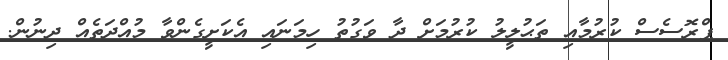
ޕްރޮސެސް ކުރުމާއި ތަޙުލީލު ކުރުމަށް ދާ ވަގުތު ހިމަނައި އެކަށީގެންވާ މުއްދަތެއް ދިނުން.